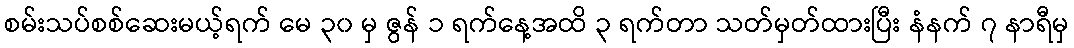
စမ်းသပ်စစ်ဆေးမယ့်ရက် မေ ၃၀ မှ ဇွန် ၁ ရက်နေ့အထိ ၃ ရက်တာ သတ်မှတ်ထားပြီး နံနက် ၇ နာရီမှ